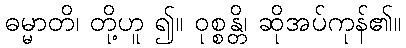
ဓမ္မာတိ၊ တို့ဟူ ၍။ ဝုစ္စန္တိ၊ ဆိုအပ်ကုန်၏။